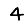
Digit: 4